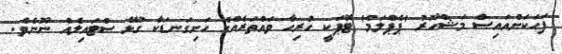
ފަހަކަށްއައިސް މަޝްހޫރު 'ޕެޕްލަމް' ޓޮޕަކީ ހުރިހާ ވައްތަރެއްގެ ހަށިގަނޑަކާ ގުޅޭ ސްޓައިލެއް ނޫނެވެ.